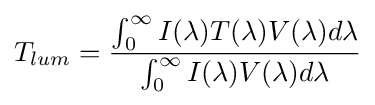
T_{lum}={\frac {\int _{0}^{\infty }I(\lambda )T(\lambda )V(\lambda )d\lambda }{\int _{0}^{\infty }I(\lambda )V(\lambda )d\lambda }}